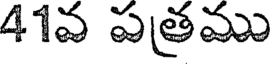
41వ పత్రము